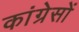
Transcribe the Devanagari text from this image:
कांग्रेसों